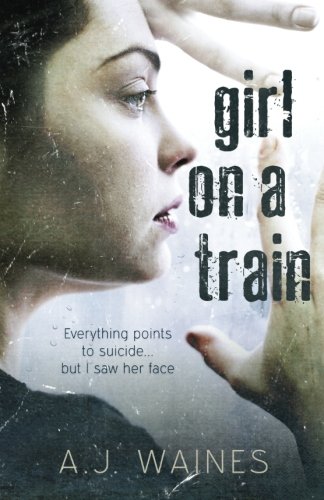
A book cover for Girl on a Train; A J Waines; Mystery, Thriller & Suspense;